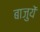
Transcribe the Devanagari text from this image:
बाजुयें